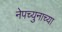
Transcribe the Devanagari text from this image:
नेपच्युनाच्या